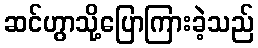
ဆင်ဟွာသို့ပြောကြားခဲ့သည်